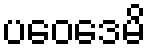
ပဝေဒေမိ